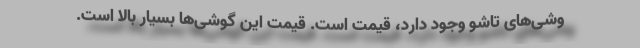
وشی‌های تاشو وجود دارد، قیمت است. قیمت این گوشی‌ها بسیار بالا است.